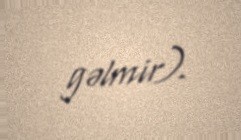
gəlmir).